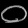
Digit: ၀